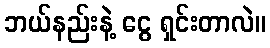
ဘယ်နည်းနဲ့ ငွေ ရှင်းတာလဲ။